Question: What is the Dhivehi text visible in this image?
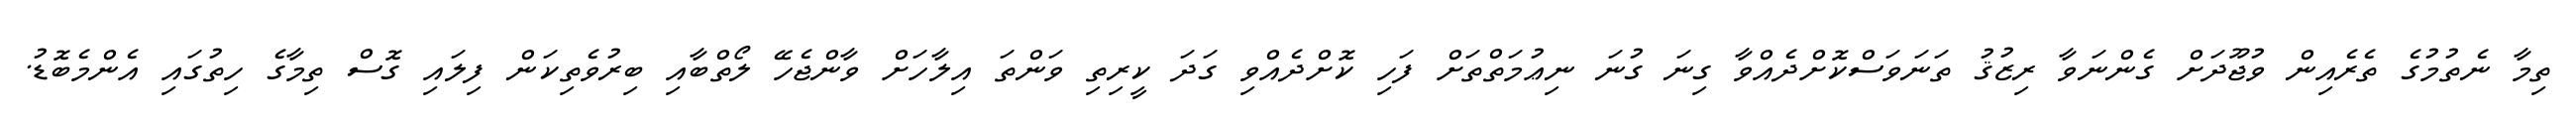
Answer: ތިމާ ނެތުމުގެ ތެރެއިން ވުޖޫދަށް ގެންނަވާ ރިޒުޤު ތަނަވަސްކޮށްދެއްވާ ގިނަ ގުނަ ނިޢުމަތްތަށް ފަހި ކޮށްދެއްވި ގަދަ ކީރިތި ވަންތަ އިލާހަށް ވާންޖެހޭ ލޯތްބާއި ބިރުވެތިކަން ފިލައި ގޮސް ތިމާގެ ހިތުގައި އެންމެބޮޑު.